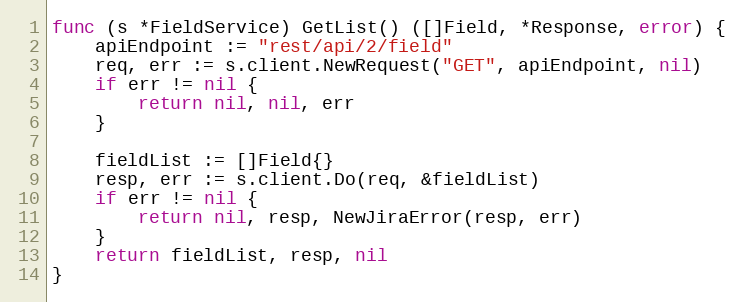
Language: Go
func (s *FieldService) GetList() ([]Field, *Response, error) {
	apiEndpoint := "rest/api/2/field"
	req, err := s.client.NewRequest("GET", apiEndpoint, nil)
	if err != nil {
		return nil, nil, err
	}

	fieldList := []Field{}
	resp, err := s.client.Do(req, &fieldList)
	if err != nil {
		return nil, resp, NewJiraError(resp, err)
	}
	return fieldList, resp, nil
}